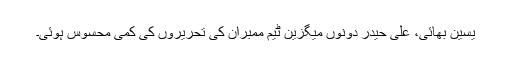
یٰسین بھائی، علی حیدر دونوں میگزین ٹیم ممبران کی تحریروں کی کمی محسوس ہوئی۔